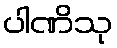
ပါဏိသု